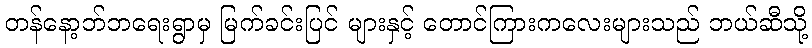
တန်နော့ဘ်ဘရေးရွာမှ မြက်ခင်းပြင် များနှင့် တောင်ကြားကလေးများသည် ဘယ်ဆီသို့